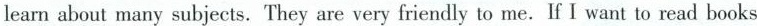
learn about many subjects. They are very friendly to me. If I want to read books